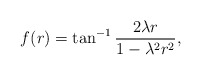
\begin{align*}f(r)= \tan^{-1}\frac{2\lambda r}{1-\lambda^{2}r^{2}},\end{align*}